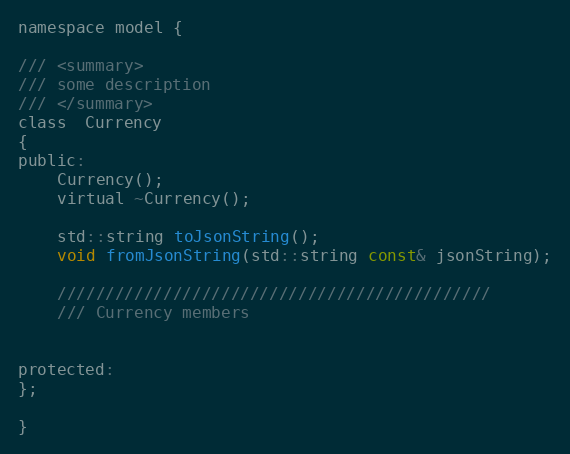
Language: C
namespace model {

/// <summary>
/// some description
/// </summary>
class  Currency
{
public:
    Currency();
    virtual ~Currency();

    std::string toJsonString();
    void fromJsonString(std::string const& jsonString);

    /////////////////////////////////////////////
    /// Currency members

protected:
};

}